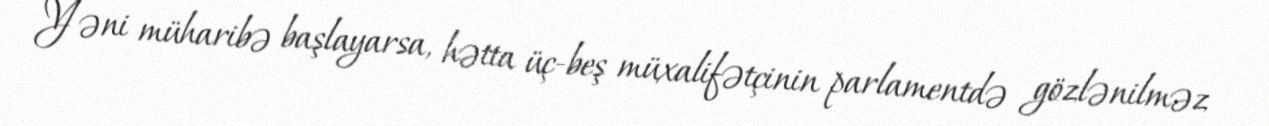
Yəni müharibə başlayarsa, hətta üç-beş müxalifətçinin parlamentdə gözlənilməz